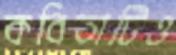
কবিতাটিও